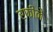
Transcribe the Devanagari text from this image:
रफीने